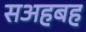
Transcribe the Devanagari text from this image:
सअहबह